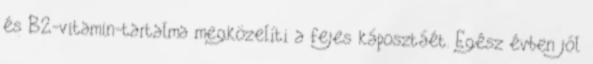
és B2-vitamin-tartalma megközelíti a fejes káposztáét. Egész évben jól